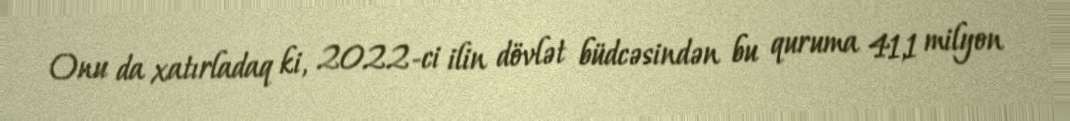
Onu da xatırladaq ki, 2022-ci ilin dövlət büdcəsindən bu quruma 41,1 milyon